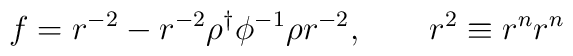
f=r^{-2}-r^{-2}\rho^\dag\phi^{-1}\rho r^{-2},\qquad r^2\equiv r^nr^n